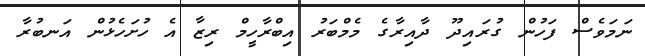
ނަމަވެސް ފަހުން ގުރައިދޫ ދާއިރާގެ މެމްބަރު އިބްރާހީމް ރިޒާ އެ ހުށަހެޅުން އަނބުރާ